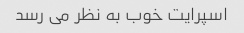
اسپرایت خوب به نظر می رسد